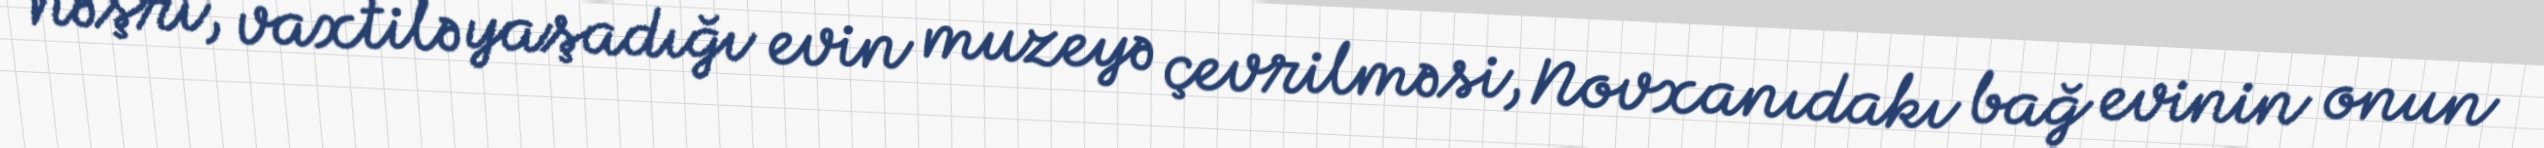
nəşri, vaxtilə yaşadığı evin muzeyə çevrilməsi, Novxanıdakı bağ evinin onun